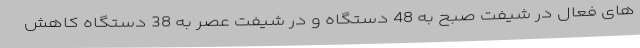
های فعال در شیفت صبح به 48 دستگاه و در شیفت عصر به 38 دستگاه کاهش